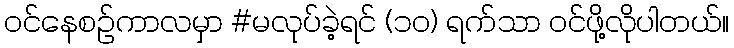
ဝင်နေစဉ်ကာလမှာ #မလုပ်ခဲ့ရင် (၁၀) ရက်သာ ဝင်ဖို့လိုပါတယ်။